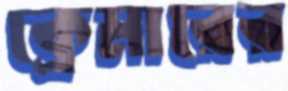
ক্রেমারের